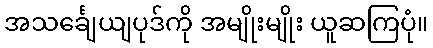
အသင်္ချေယျပုဒ်ကို အမျိုးမျိုး ယူဆကြပုံ။